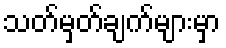
သတ်မှတ်ချက်များမှာ